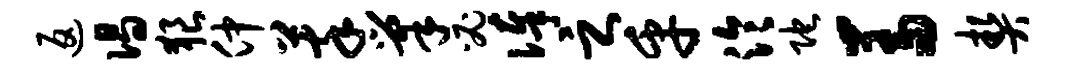
返偈狼仲萃巢必俸之乎泠陀羞契